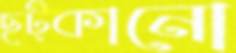
ছট্‌কানো